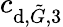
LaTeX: c_{\textup{d},\tilde{G},3}